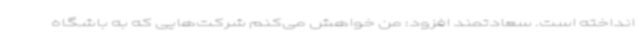
انداخته است. سعادتمند افزود: من خواهش می‌کنم شرکت‌هایی که به باشگاه